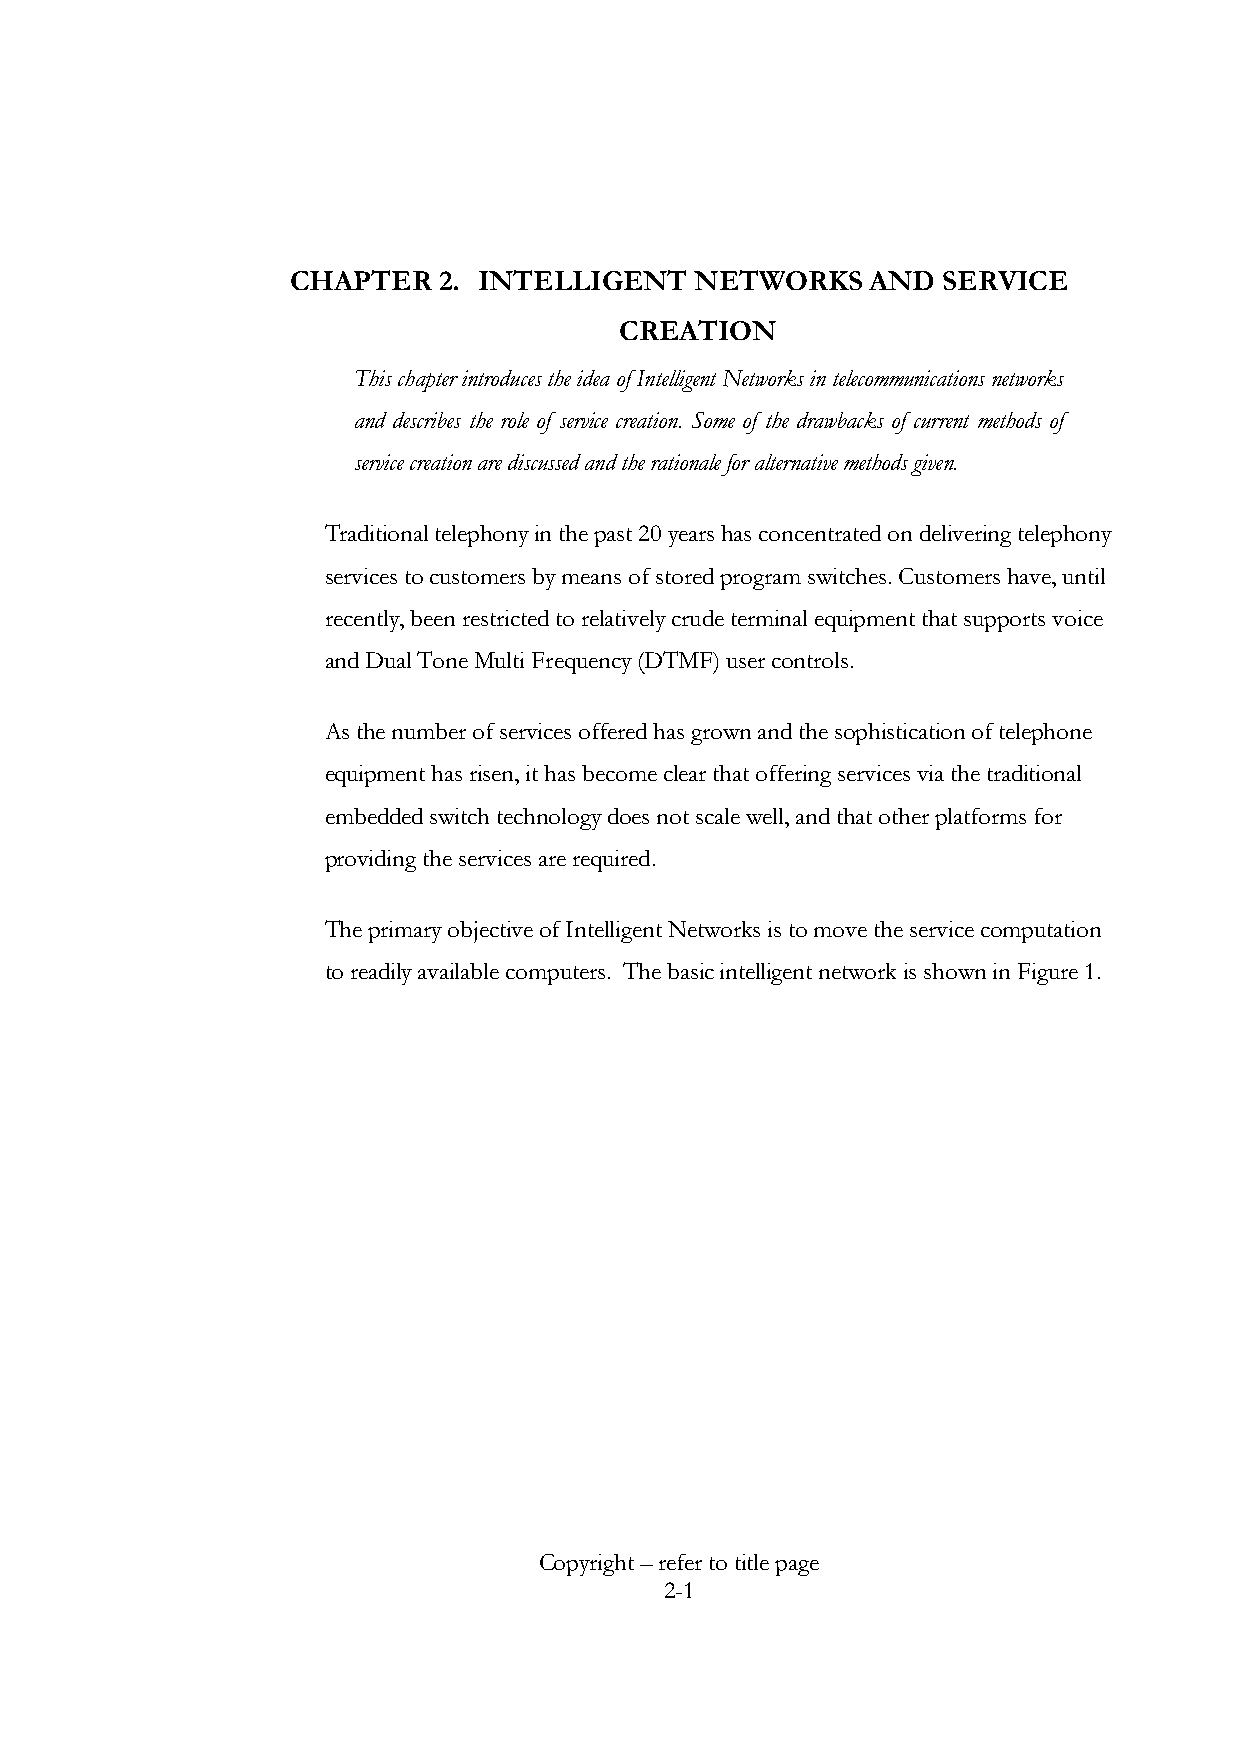
CHAPTER   2. INTELLIGENT   NETWORKS    AND SERVICE
 CREATION
 This chapter introduces the idea of Intelligent Networks in telecommunications networks
 and describes the role of service creation. Some of the drawbacks of current methods of
 service creation are discussed and the rationale for alternative methods given.
 Traditional telephony in the past 20 years has concentrated on delivering telephony
 services to customers by means of stored program switches. Customers have, until
 recently, been restricted to relatively crude terminal equipment that supports voice
 and Dual Tone Multi Frequency (DTMF) user controls.
 As the number of services offered has grown and the sophistication of telephone
 equipment has risen, it has become clear that offering services via the traditional
 embedded switch technology does not scale well, and that other platforms for
 providing the services are required.
 The primary objective of Intelligent Networks is to move the service computation
 to readily available computers. The basic intelligent network is shown in Figure 1.
 Copyright – refer to title page
 2-1